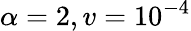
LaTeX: \alpha=2,v=10^{-4}